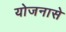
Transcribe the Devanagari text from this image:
योजनासे